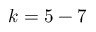
k = 5 - 7